Report on vaccination in Madras 1904-1921 - 1904-1921
Year: 1904
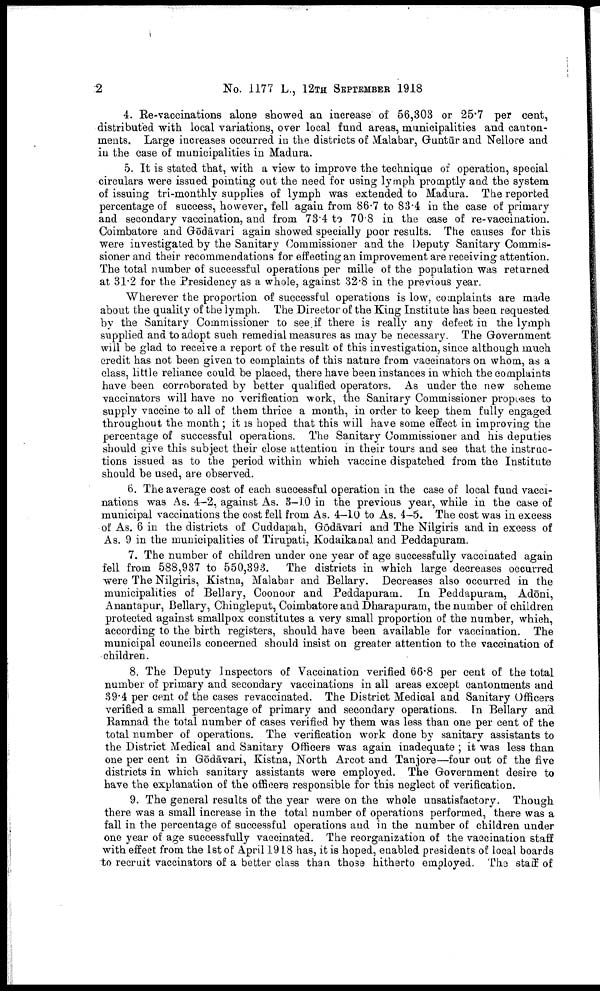
2
No. 1177 L., 12TH SEPTEMBER 1918
4. Re-vaccinations alone showed an increase of 56,303 or 25.7 per cent,
distributed with local variations, over local fund areas, municipalities and canton
ments. Large increases occurred in the districts of Malabar, Guntūr and Nellore and
in the case of municipalities in Madura.
5. It is stated that, with a view to improve the technique of operation, special
circulars were issued pointing out the need for using lymph promptly and the system
of issuing tri-monthly supplies of lymph was extended to Madura. The reported
percentage of success, however, fell again from 86.7 to 83.4 in the case of primary
and secondary vaccination, and from 73.4 to 70.8 in the case of re-vaccination.
Coimbatore and Gōdāvari again showed specially poor results. The causes for this
were investigated by the Sanitary Commissioner and the Deputy Sanitary Commis
sioner and their recommendations for effecting an improvement are receiving attention.
The total number of successful operations per mille of the population was returned
at 31.2 for the Presidency as a whole, against 32.8 in the previous year.
Wherever the proportion of successful operations is low, complaints are made
about the quality of the lymph. The Director of the King Institute has been requested
by the Sanitary Commissioner to see if there is really any defect in the lymph
supplied and to adopt such remedial measures as may be necessary. The Government
will be glad to receive a report of the result of this investigation, since although much
credit has not been given to complaints of this nature from vaccinators on whom, as a
class, little reliance could be placed, there have been instances in which the complaints
have been corroborated by better qualified operators. As under the new scheme
vaccinators will have no verification work, the Sanitary Commissioner proposes to
supply vaccine to all of them thrice a month, in order to keep them fully engaged
throughout the month; it is hoped that this will have some effect in improving the
percentage of successful operations. The Sanitary Commissioner and his deputies
should give this subject their close attention in their tours and see that the instruc
tions issued as to the period within which vaccine dispatched from the Institute
should be used, are observed.
6. The average cost of each successful operation in the case of local fund vacci
nations was As. 4-2, against As. 3—10 in the previous year, while in the case of
municipal vaccinations the cost fell from As. 4-10 to As. 4-5. The cost was in excess
of As. 6 in the districts of Cuddapah, Gōdāvari and The Nilgiris and in excess of
As. 9 in the municipalities of Tirupati, Kodaikanal and Peddapuram.
7. The number of children under one year of age successfully vaccinated again
fell from 588,937 to 550,393. The districts in which large decreases occurred
were The Nilgiris, Kistna, Malabar and Bellary. Decreases also occurred in the
municipalities of Bellary, Coonoor and Peddapuram. In Peddapuram, Adōni,
Anantapur, Bellary, Chingleput, Coimbatore and Dharapuram, the number of children
protected against smallpox constitutes a very small proportion of the number, which,
according to the birth registers, should have been available for vaccination. The
municipal councils concerned should insist on greater attention to the vaccination of
children.
8. The Deputy Inspectors of Vaccination verified 66.8 per cent of the total
number of primary and secondary vaccinations in all areas except cantonments and
39.4 per cent of the cases revaccinated. The District Medical and Sanitary Officers
verified a small percentage of primary and secondary operations. In Bellary and
Ramnad the total number of cases verified by them was less than one per cent of the
total number of operations. The verification work done by sanitary assistants to
the District Medical and Sanitary Officers was again inadequate ; it was less than
one per cent in Gōdāvari, Kistna, North Arcot and Tanjore—four out of the five
districts in which sanitary assistants were employed. The Government desire to
have the explanation of the officers responsible for this neglect of verification.
9. The general results of the year were on the whole unsatisfactory. Though
there was a small increase in the total number of operations performed, there was a
fall in the percentage of successful operations and in the number of children under
one year of age successfully vaccinated. The reorganization of the vaccination staff
with effect from the 1st of April 1918 has, it is hoped, enabled presidents of local boards
to recruit vaccinators of a better class than those hitherto employed. The staff of